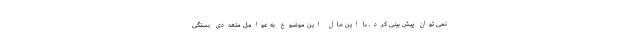
نمی توان پیش بینی کرد. با این حال این موضوع به عوامل متعددی بستگی